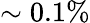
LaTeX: \sim 0.1\%